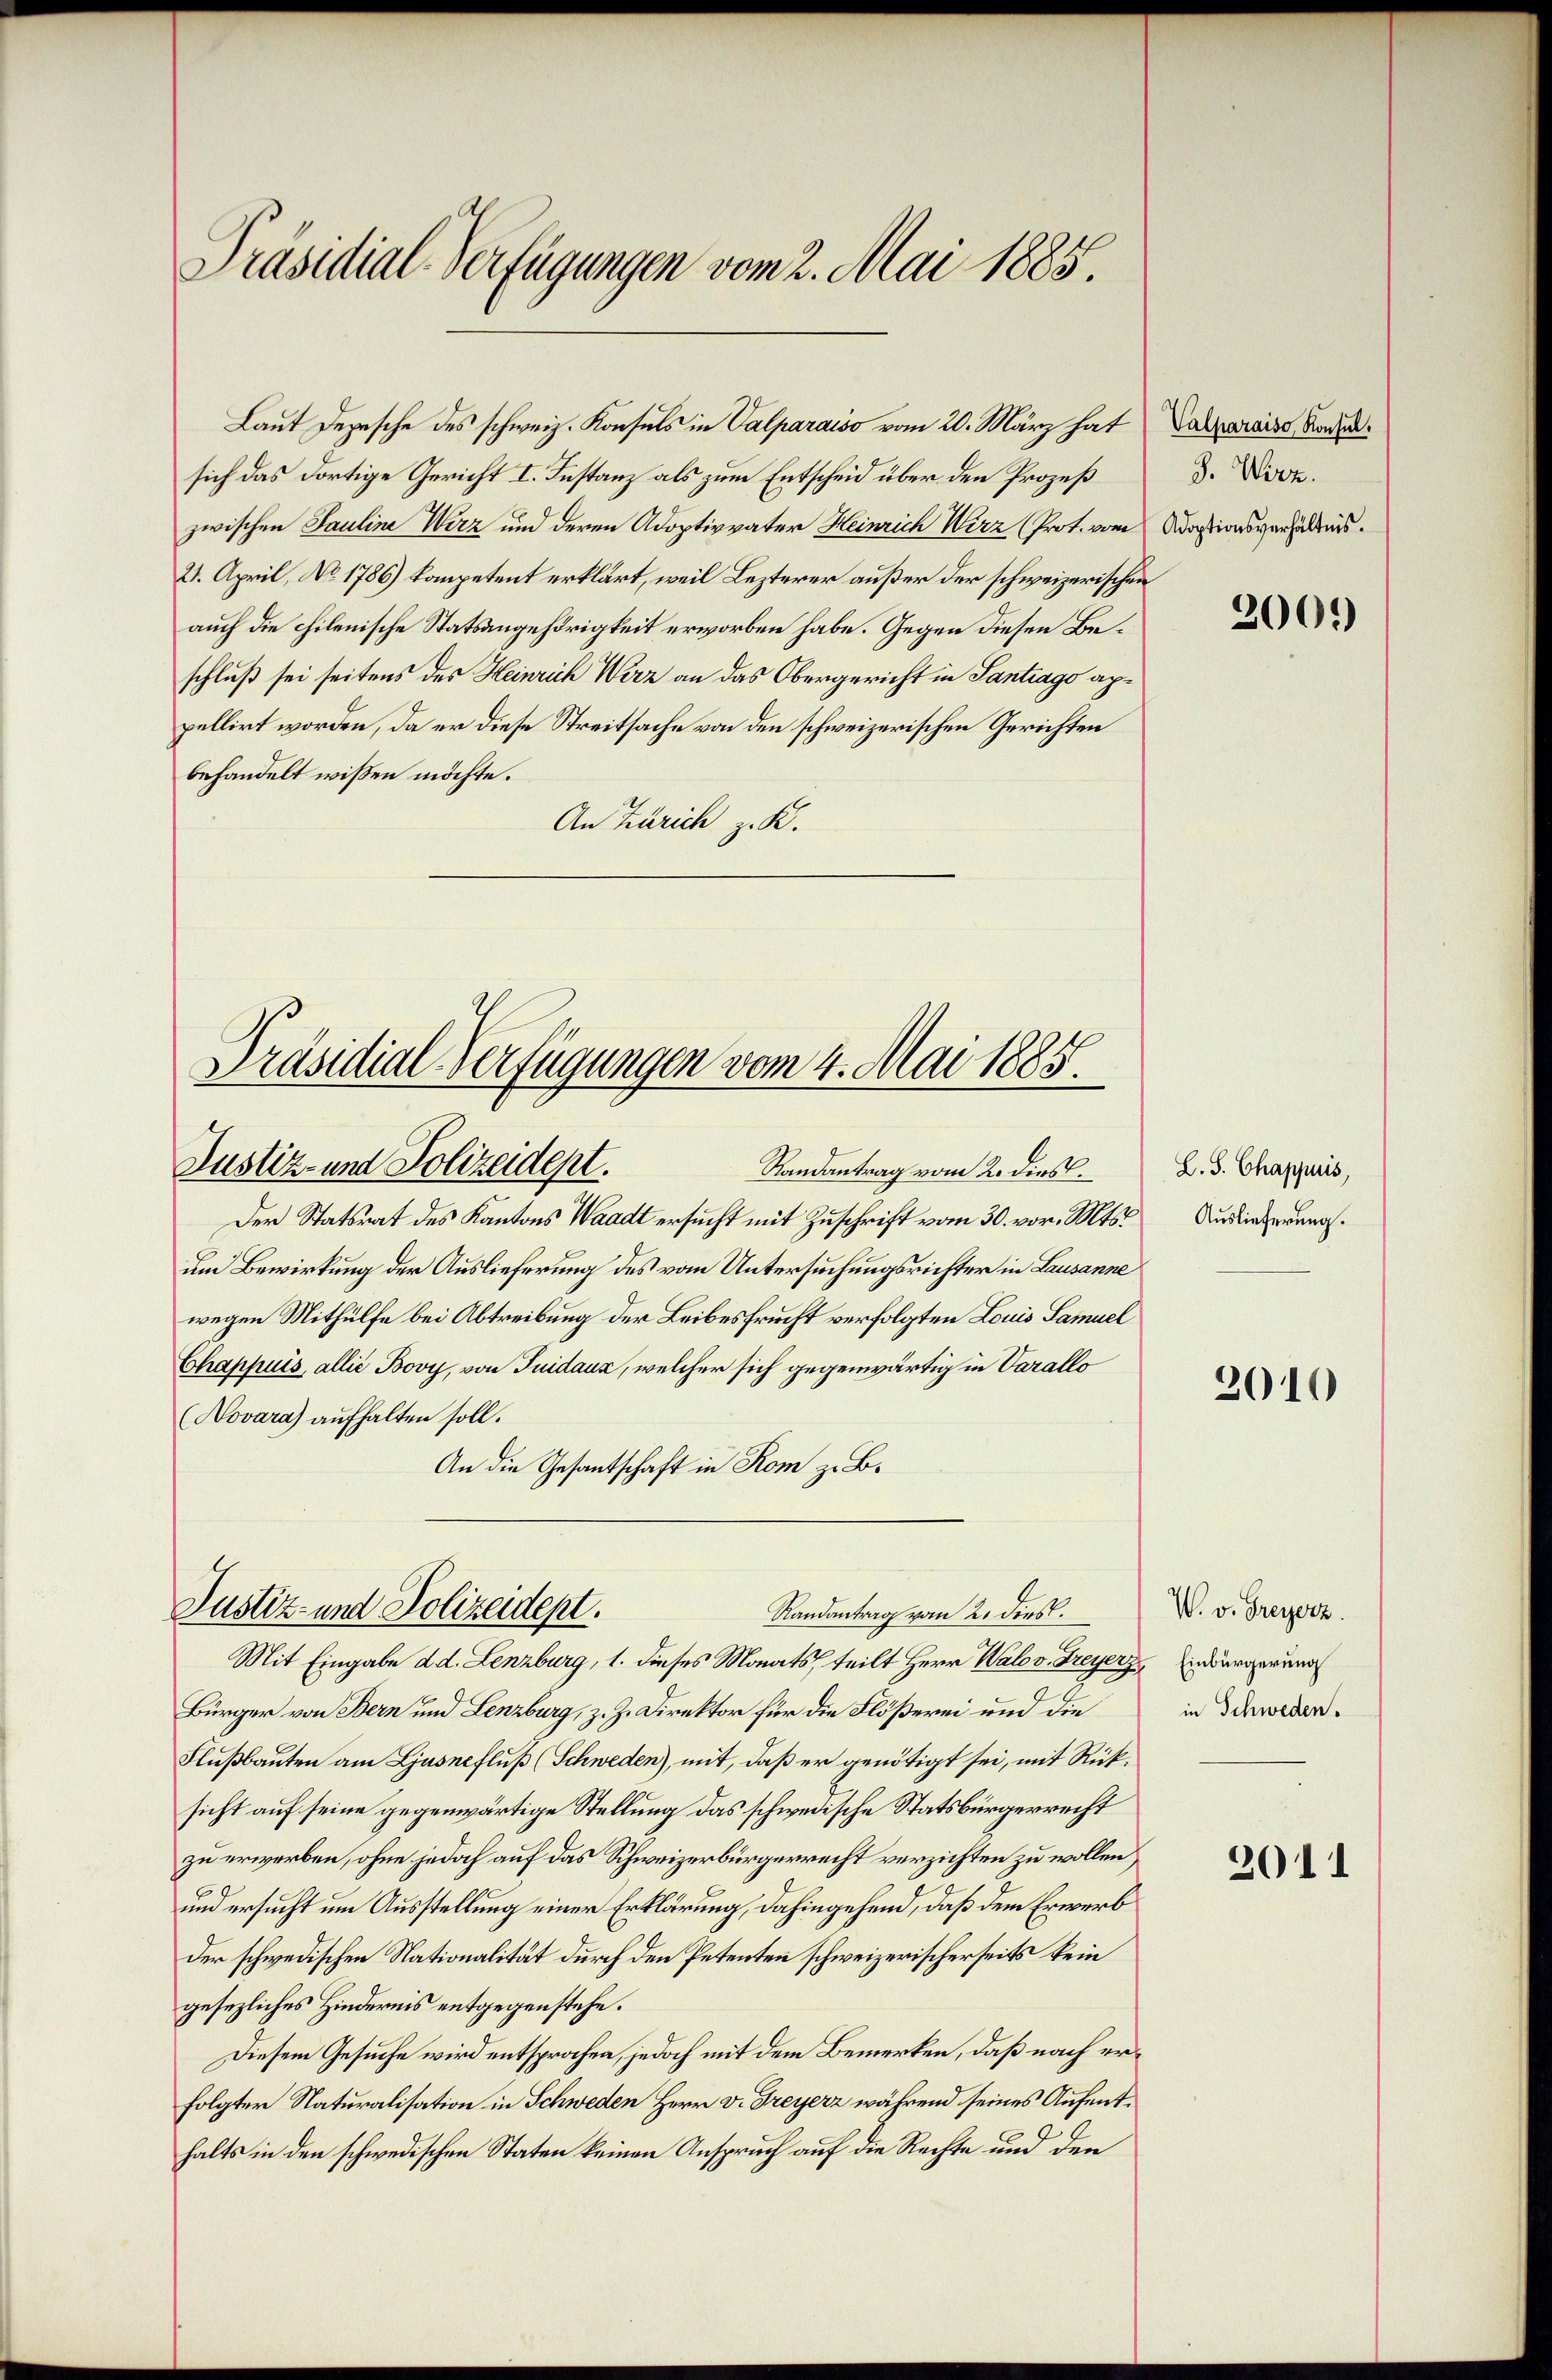
Präsidial-Verfügungen vom 2. Mai 1885.

Laut Depesche des schweiz. Konsuls in Valparaiso vom 20. März hat
sich das dortige Gericht I. Instanz als zum Entscheid über den Prozeß
zwischen Pauline Wirz und deren Adoptivvater Heinrich Wirz (Prot. vom Adationsverhältnis.
21. April, No 1786) kompetent erklärt, weil Lezterer außer der schweizerischen
auch die chilenische Statsangehörigkeit erworben habe. Gegen diesen Beschluß sei seitens des Heinrich Wirz an das Obergericht in Santrago appellirt worden, da er diese Streitsache von den schweizerischen Gerichten
behandelt wissen möchte.
An Zürich z. K.

Präsidial-Verfügungen vom 4. Mai 1885
Justiz- und Polizeident.
Randantrag vom 2. dies.

Justiz- und Polizeidept.
Randantrag vom 2. dies.

Der Statsrat des Kantons Waadt ersucht mit Zuschrift vom 30. vor. Mts.
um Bewirkung der Auslieferung des vom Untersuchungsrichter in Lausanne
wegen Mithülfe bei Abtreibung der Leibesfrucht verfolgten Louis Samuel
Chappuis, allié Bovy, von Tuidaux, welcher sich gegenwärtig in Varallo
Novara) aufhalten soll.
An die Gesantschaft in Rom z. B.

Mit Eingabe d. d. Lenzburg, 1. dieses Monats, teilt Herr Walov. Dreyerz. Einbürgerung
Bürger von Bern und Lenzburg, z. Z. Direktor für die Flößerei und die
Flußbauten am Ljusnefluß (Schweden), mit, daß er genötigt sei, mit Rücksicht auf seine gegenwärtige Stellung das schwedische Statsbürgerrecht
zu erwerben, ohne jedoch auf das Schweizerbürgerrecht verzichten zu wollen,
und ersucht um Ausstellung einer Erklärung, dahingehend, daß dem Erwerb
der schwedischen Nationalität durch den Petenten schweizerischerseits kein
gesezliches Hindernis entgegenstehe.
Diesem Gesuche wird entsprochen, jedoch mit dem Bemerken, daß nach erfolgter Naturalisation in Schweden Herr v. Dreyerz während seines Aufenthalts in den schwedischen Staten keinen Anspruch auf die Rechte und den

Valparaiso, Konsul.
J. Wirz.

2001)

L. S. Chappuis,
Auslieferung.

2010

W. v. Freyerz.
in Schweden.

2011